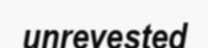
unrevested